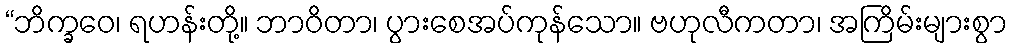
“ဘိက္ခဝေ၊ ရဟန်းတို့။ ဘာဝိတာ၊ ပွားစေအပ်ကုန်သော။ ဗဟုလီကတာ၊ အကြိမ်းများစွာ